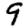
Digit: 9